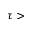
\tau >